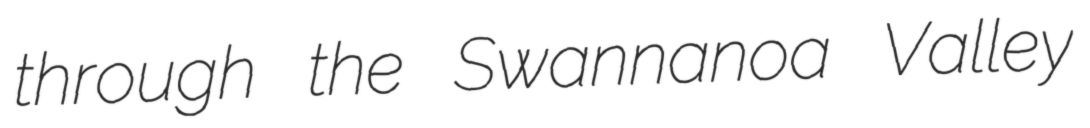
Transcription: through the Swannanoa Valley